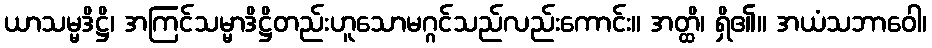
ယာသမ္မဒိဋ္ဌိ၊ အကြင်သမ္မာဒိဋ္ဌိတည်းဟူသောမဂ္ဂင်သည်လည်းကောင်း။ အတ္ထိ၊ ရှိ၏။ အယံသဘာဝေါ၊